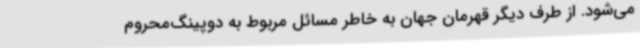
می‌شود. از طرف دیگر قهرمان جهان به خاطر مسائل مربوط به دوپینگ‌محروم